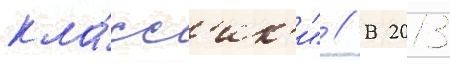
кла́сс'ик'и" // В 2013